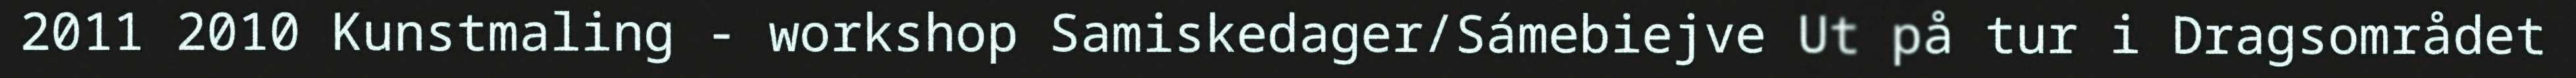
2011 2010 Kunstmaling - workshop Samiskedager/Sámebiejve Ut på tur i Dragsområdet